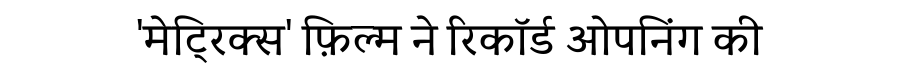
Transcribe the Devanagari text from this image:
'मेट्रिक्स' फ़िल्म ने रिकॉर्ड ओपनिंग की